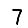
Digit: 7